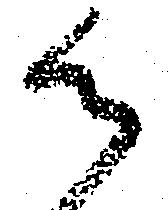
御